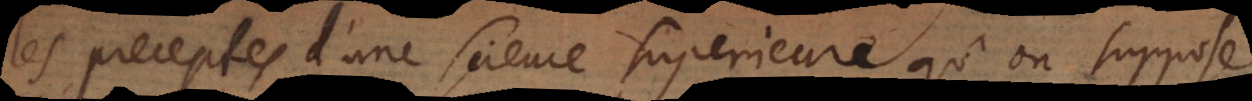
les preceptes d’une science superieure qu’on suppose